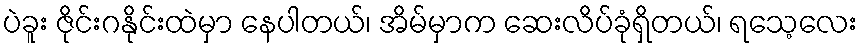
ပဲခူး ဇိုင်းဂနိုင်းထဲမှာ နေပါတယ်၊ အိမ်မှာက ဆေးလိပ်ခုံရှိတယ်၊ ရသေ့လေး